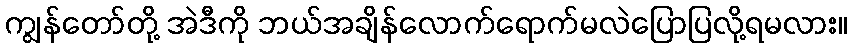
ကျွန်တော်တို့ အဲဒီကို ဘယ်အချိန်လောက်ရောက်မလဲပြောပြလို့ရမလား။